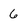
Character: 6